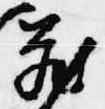
蔵